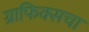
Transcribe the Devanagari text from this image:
ग्राफिक्सचा